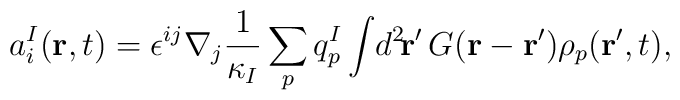
a^I_i({\bf r},t)=\epsilon^{ij}\nabla_j\frac{1}{\kappa_I}  \sum_pq_p^I\int\! d^2\!{\bf r}'\, G({\bf r}-{\bf r}')\rho_p({\bf r}',t),